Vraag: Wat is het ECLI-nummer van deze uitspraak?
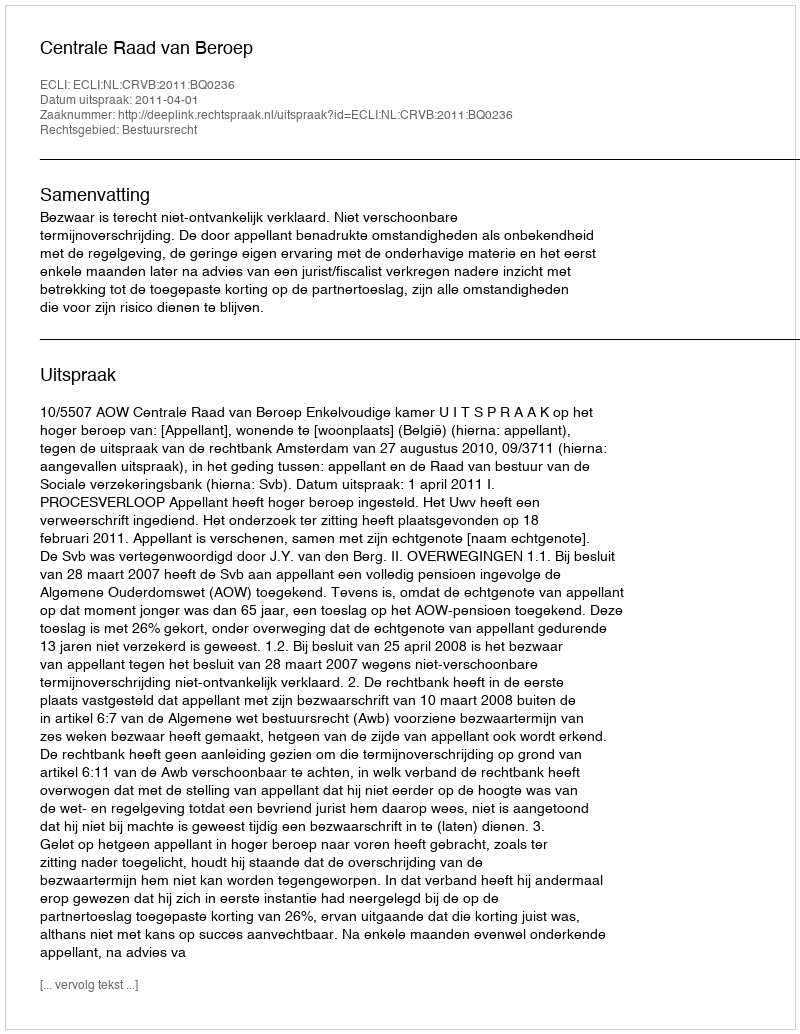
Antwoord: ECLI:NL:CRVB:2011:BQ0236